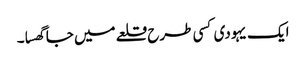
ایک یہودی کسی طرح قلعے میں جا گھسا۔